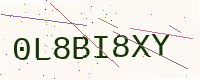
Text: 0L8BI8XY